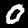
Label: 0